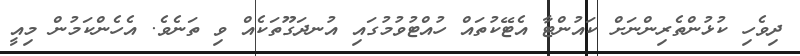
ދިވެހި ކުޅުންތެރިންނަށް ކައުންޓާ އެޓޭކުތައް ހުއްޓުވުމުގައި އުނދަގޫތަކެއް ވި ތަނެވެ. އެހެންކަމުން މިއީ